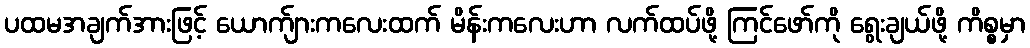
ပထမအချက်အားဖြင့် ယောက်ျားကလေးထက် မိန်းကလေးဟာ လက်ထပ်ဖို့ ကြင်ဖော်ကို ရွေးချယ်ဖို့ ကိစ္စမှာ